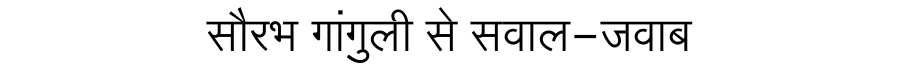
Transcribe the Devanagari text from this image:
सौरभ गांगुली से सवाल-जवाब